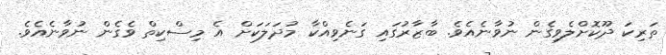
ތަރިކަ ދޫކޮށްލެވިގެން ނުވާނެއެވެ. ބާޒާރުގައި ގަނެވިއްކާ މުދަލަކަށް އެ މިސްކިތް ވެގެން ނުވާނެއެވެ.